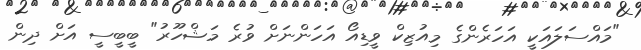
"މައްސަލައަކީ އަހަރެންގެ މިއުޒިކް ވީޑިއޯ އަހަންނަށް ވުރެ މަޝްހޫރު" ބީބީސީ އަށް ދިން